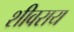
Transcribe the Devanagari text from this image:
शीवराय